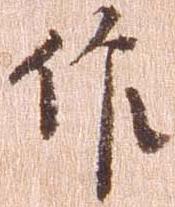
作